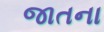
જાતના